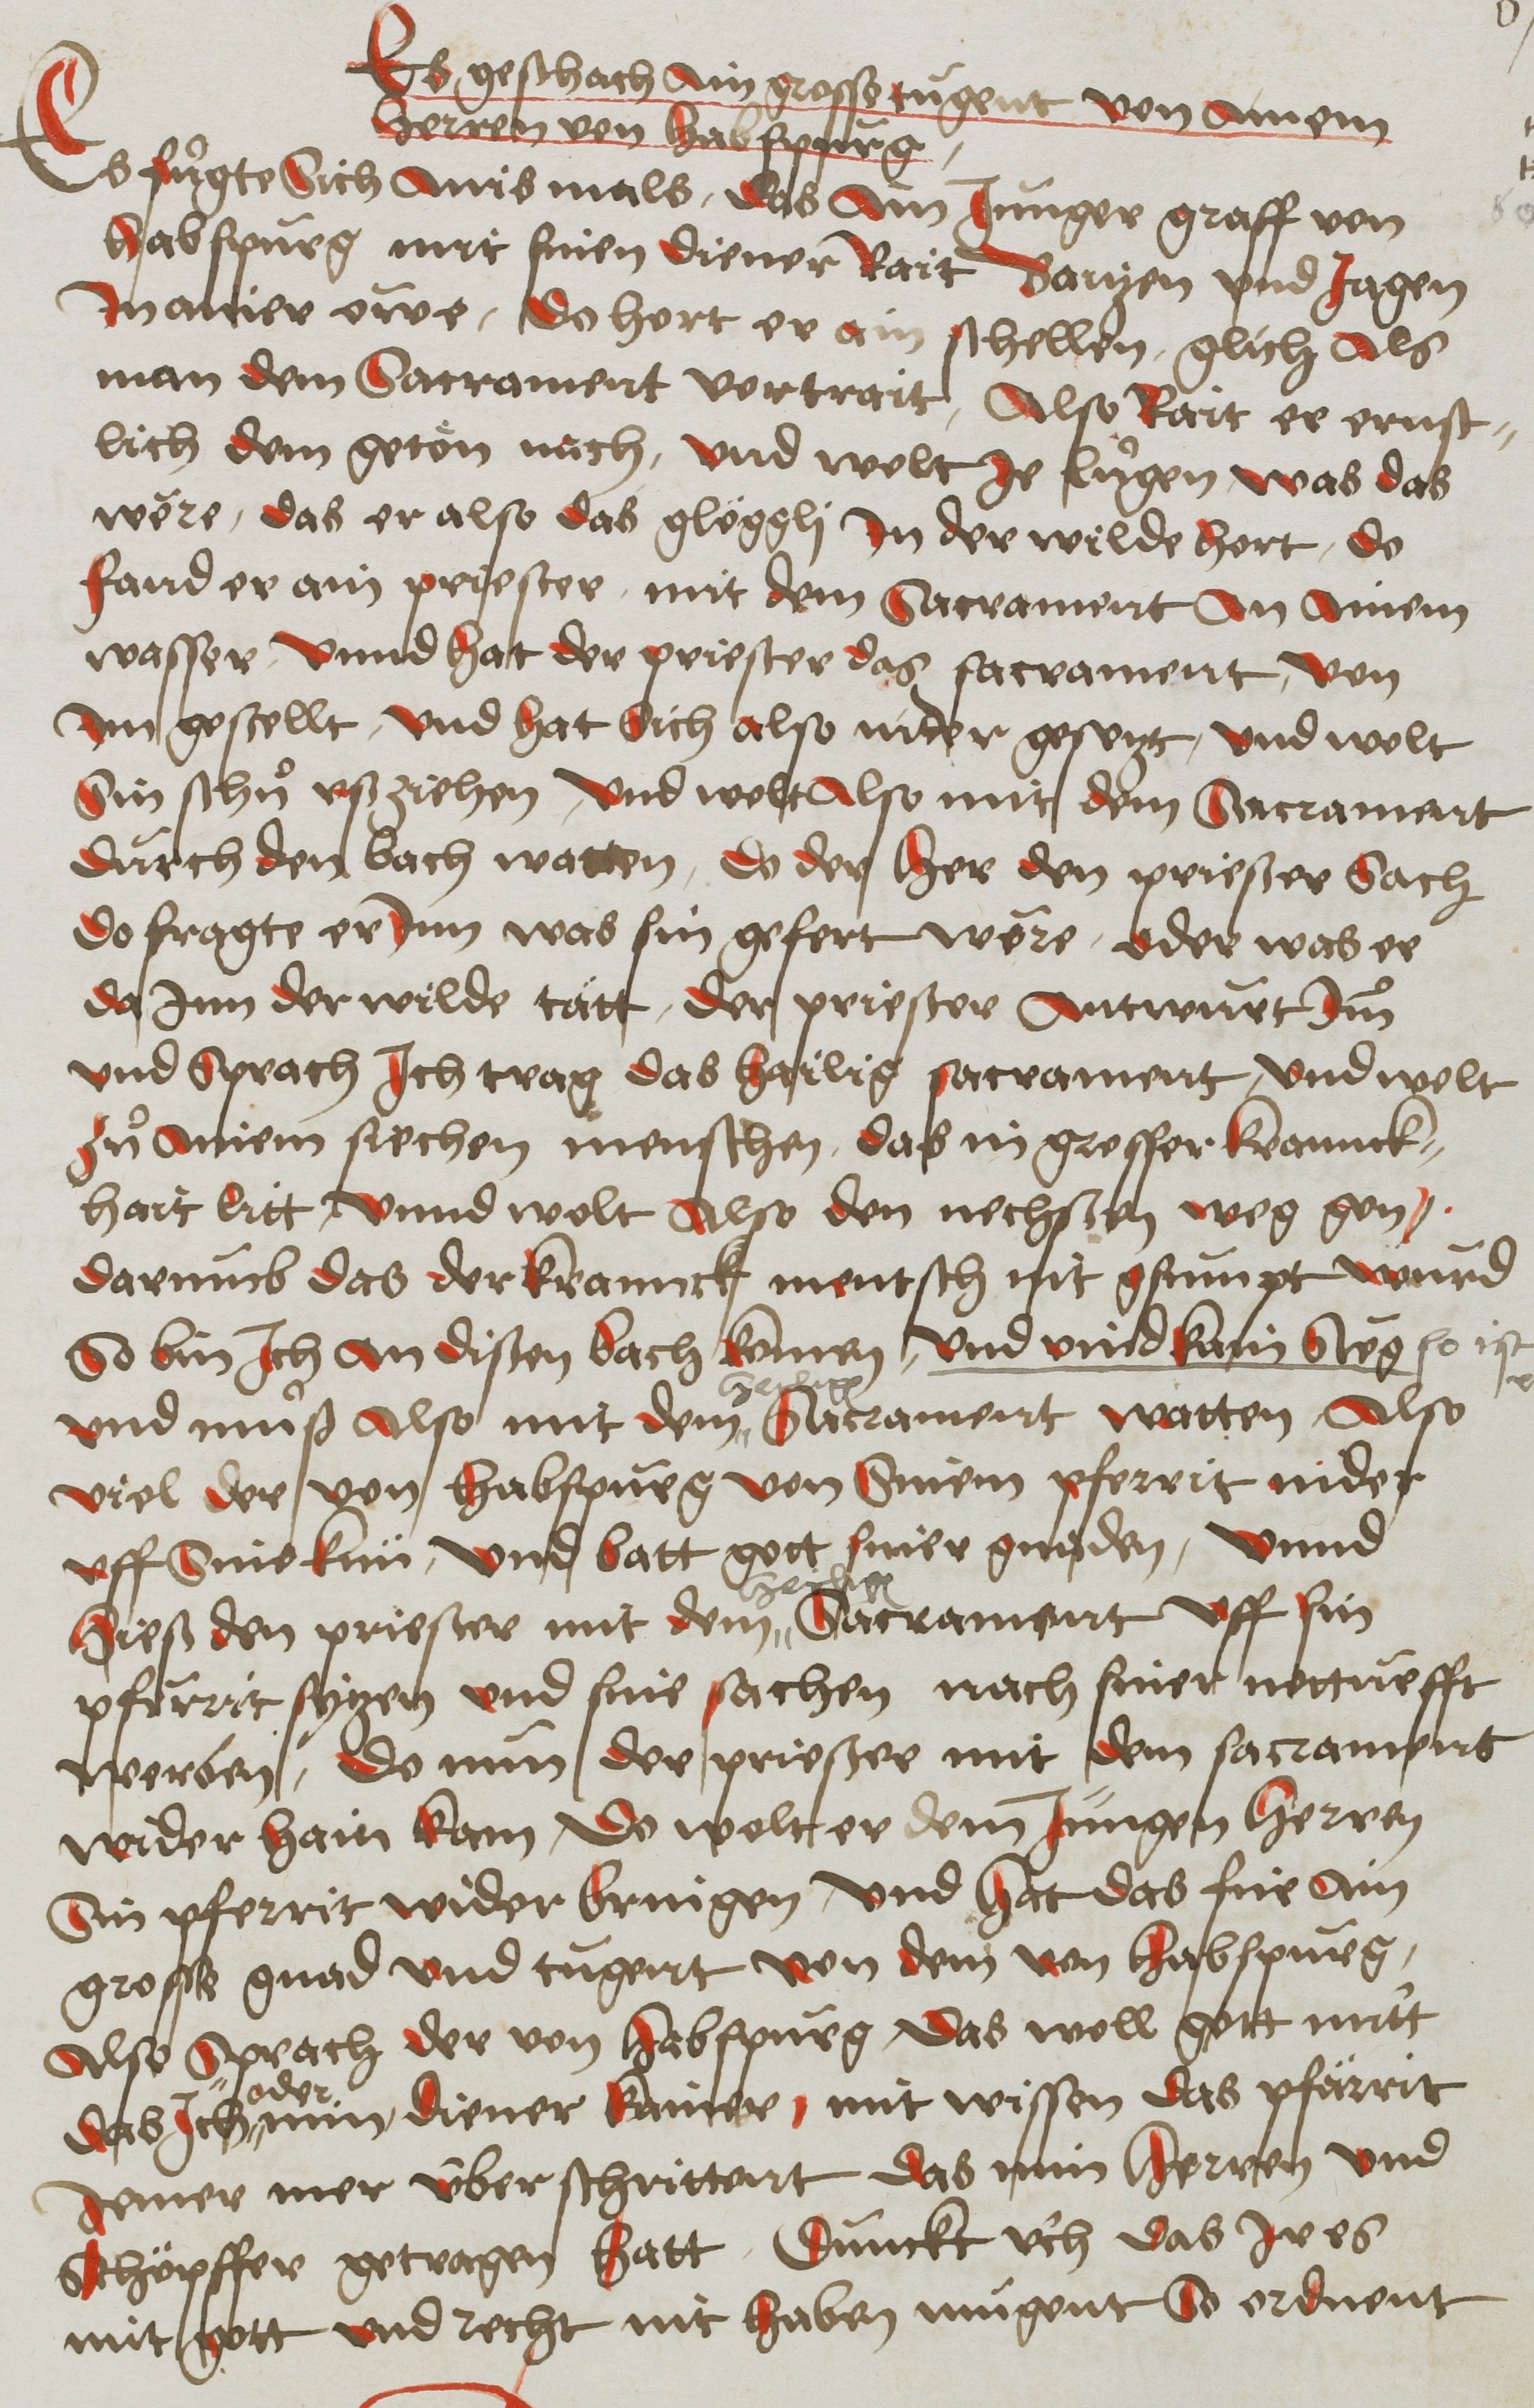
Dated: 1450–1599